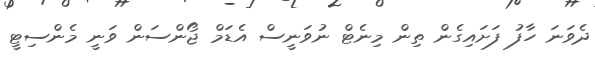
ދެވަނަ ހާފު ފަށައިގެން ތިން މިނެޓް ނުވަނީސް އެޑަމް ޖޯންސަން ވަނީ މެންސިޓީ